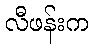
လီဖန်းက